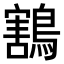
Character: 鶷